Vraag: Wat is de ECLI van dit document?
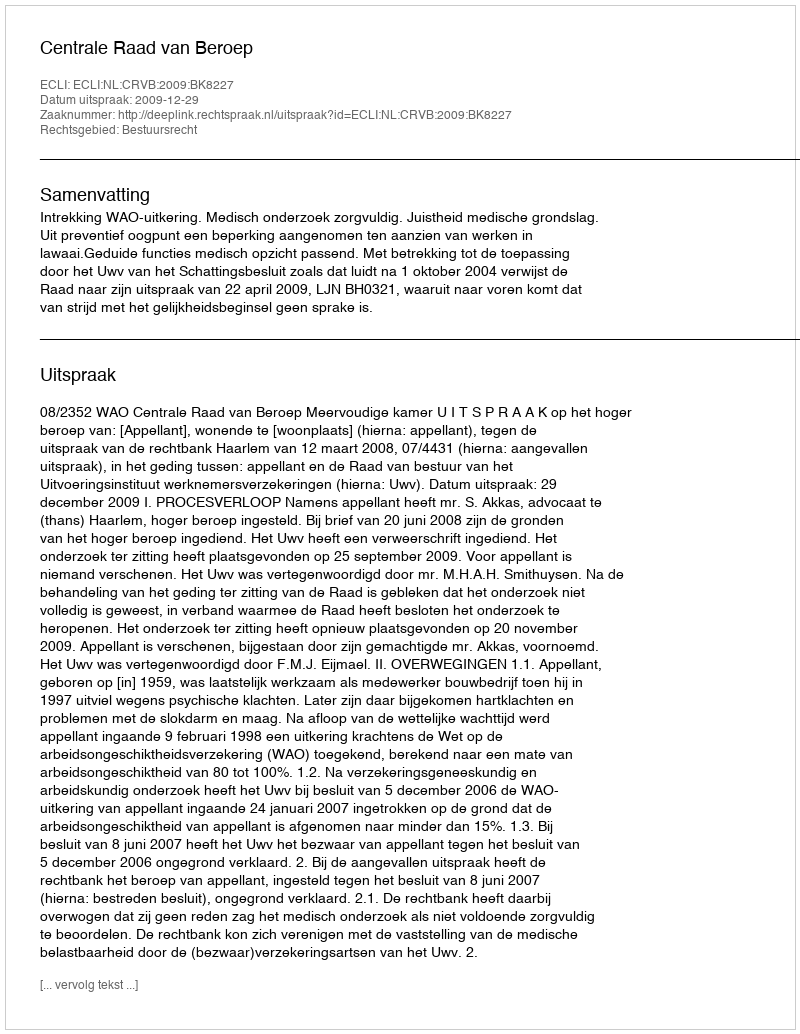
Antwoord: ECLI:NL:CRVB:2009:BK8227